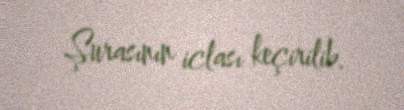
Şurasının iclası keçirilib.